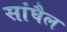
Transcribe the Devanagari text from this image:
सांघैल